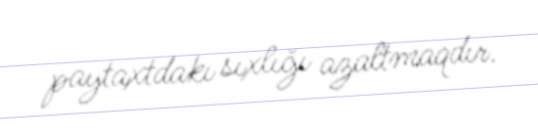
paytaxtdakı sıxlığı azaltmaqdır.